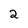
Character: 2